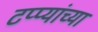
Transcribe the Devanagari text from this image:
टप्प्यांच्या